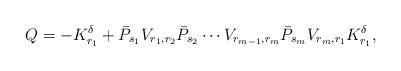
LaTeX: \begin{align*}Q=-K^{\delta}_{r_1}+\bar{P}_{s_1}V_{r_1,r_2}\bar{P}_{s_2}\cdots V_{r_{m-1},r_m}\bar{P}_{s_m}V_{r_m,r_1}K^\delta_{r_1},\end{align*}